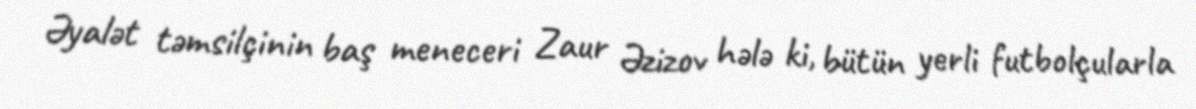
Əyalət təmsilçinin baş meneceri Zaur Əzizov hələ ki, bütün yerli futbolçularla